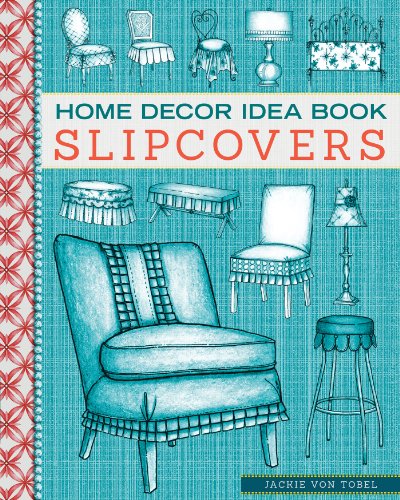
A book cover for Home Decor Idea Book: Upholstery, Slipcovers, and Seat Cushions; Jackie Von Tobel; Crafts, Hobbies & Home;